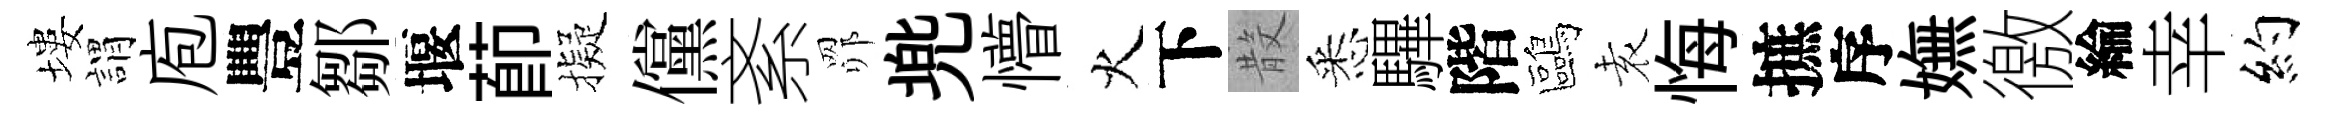
塿謂庖豐鄒堰莭擬儻紊𦊑兠懵火下𣪚悉驆階鷗𡊮悔摭序嫵徼綸幸約